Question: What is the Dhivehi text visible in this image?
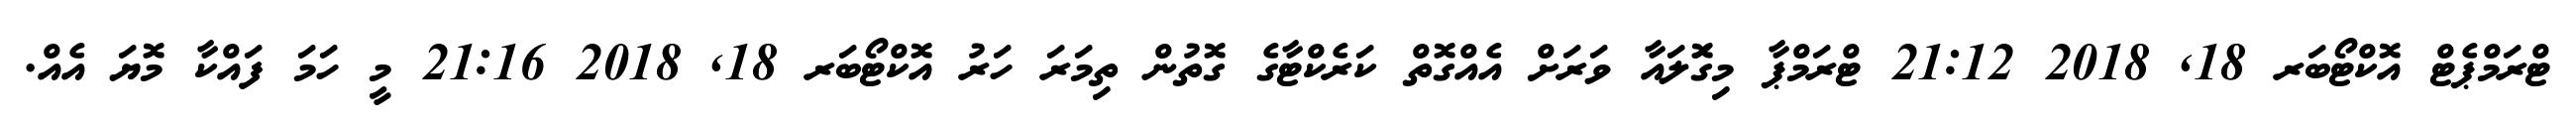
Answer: ޓްރަމްޕެޓް އޮކްޓޯބަރ 18, 2018 21:12 ޓްރަމްޕާ މިގޮަލައާ ވަރަށް އެއްގޮތް ކަރެކްޓާގެ ގޮތުން ތިމަރަ ހަރު އޮކްޓޯބަރ 18, 2018 21:16 މީ ހަމަ ފައްކާ މޮޔަ އެއް.